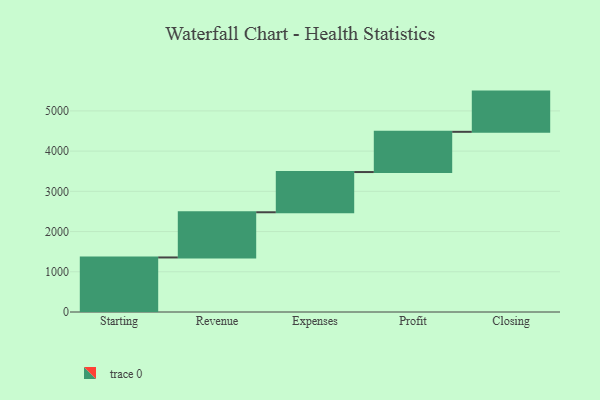
{"axis": {"x": "Step", "y": "Value"}, "legend": [""], "data": [{"x": "Starting", "y": 1356.0, "type": ""}, {"x": "Revenue", "y": 1124.0, "type": ""}, {"x": "Expenses", "y": 1000, "type": ""}, {"x": "Profit", "y": 1000, "type": ""}, {"x": "Closing", "y": 1000, "type": ""}]}